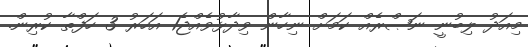
މިއަދު ލިބުނީ ނަޞްރެއް ކަމަށް ނިހާން ވިދާޅުވެއްޖެ1 އަހަރު 3 ހަފްތާ ކުރިން.